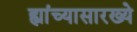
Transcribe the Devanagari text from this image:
ह्यांच्यासारख्ये